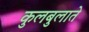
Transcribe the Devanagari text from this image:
कुलबुलाते